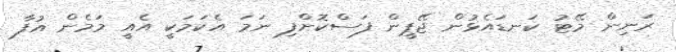
ރަނިން މޭޓު ކަނޑައެޅުން ޖޭޕީން ފަސްކޮށްފި ނަމަ އެކަމަކީ އެއީ މަމެން އުފާ